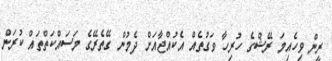
ރީން ވިހެއިމަ ރޭޝްގެ ހުރިހާ ވަގުތެއް އެކުއްޖާއަށް ދެމުން ގޭތެރޭގެ މަސައްކަތްތައް ކުރަން